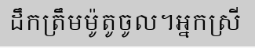
ដឹកត្រឹមម៉ូតូចូល។អ្នកស្រី